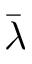
\bar { \lambda }